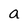
Character: a